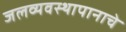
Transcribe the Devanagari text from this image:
जलव्यवस्थापानाचे